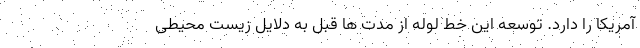
آمریکا را دارد. توسعه این خط لوله از مدت ها قبل به دلایل زیست محیطی